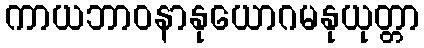
ကာယဘာဝနာနုယောဂမနုယုတ္တာ